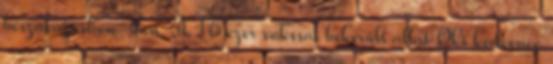
beszavazóshow-ban. A 16 ezer vokssal bekerült állat Oki kedvence